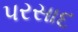
પરસાદ